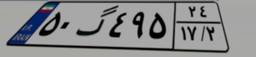
۵۰گ۴۹۵۲۴